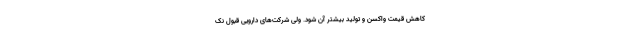
کاهش قیمت واکسن و تولید بیشتر آن شود. ولی شرکت‌های دارویی قبول نک